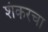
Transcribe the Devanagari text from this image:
शंकरचा